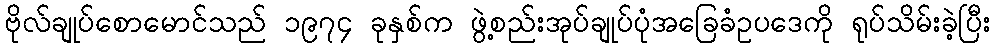
ဗိုလ်ချုပ်စောမောင်သည် ၁၉၇၄ ခုနှစ်က ဖွဲ့စည်းအုပ်ချုပ်ပုံအခြေခံဥပဒေကို ရုပ်သိမ်းခဲ့ပြီး